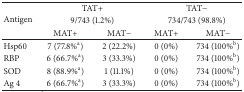
| <ROWSPAN=3> Antigen | <COLSPAN=2> TAT+ | <COLSPAN=2> TAT− |
 | <COLSPAN=2> 9/743 (1.2%) | <COLSPAN=2> 734/743 (98.8%) |
 | MAT+ | MAT− | MAT+ | MAT− |
 | --- | --- | --- | --- | --- |
 | Hsp60 | 7 (77.8%a) | 2 (22.2%) | 0 (0%) | 734 (100%b) |
 | RBP | 6 (66.7%a) | 3 (33.3%) | 0 (0%) | 734 (100%b) |
 | SOD | 8 (88.9%a) | 1 (11.1%) | 0 (0%) | 734 (100%b) |
 | Ag 4 | 6 (66.7%a) | 3 (33.3%) | 0 (0%) | 734 (100%b) |